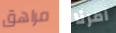
مراهق امرنا